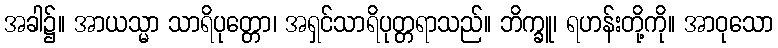
အခါ၌။ အာယသ္မာ သာရိပုတ္တော၊ အရှင်သာရိပုတ္တရာသည်။ ဘိက္ခူ၊ ရဟန်းတို့ကို။ အာဝုသော